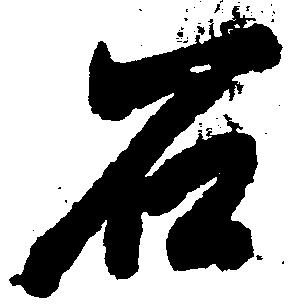
石